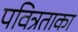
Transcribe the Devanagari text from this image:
पवित्रताका